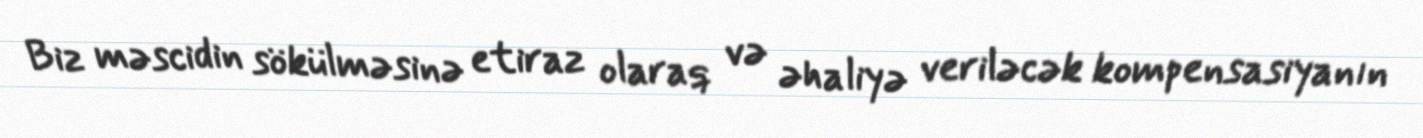
Biz məscidin sökülməsinə etiraz olaraq və əhaliyə veriləcək kompensasiyanın